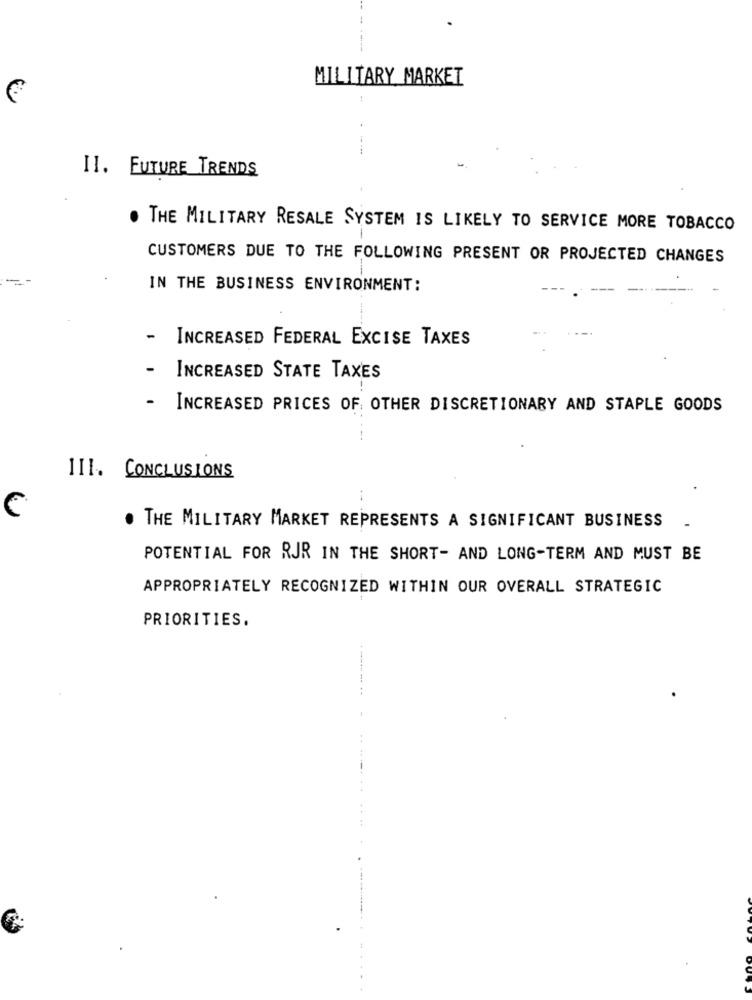
MILITARY MARKET
II. FUTURE TRENDS
THE MILITARY RESALE SYSTEM IS LIKELY TO SERVICE MORE TOBACCO
CUSTOMERS DUE TO THE FOLLOWING PRESENT OR PROJECTED CHANGES
IN THE BUSINESS ENVIRONMENT:
INCREASED FEDERAL EXCISE TAXES
INCREASED STATE TAXES
-
INCREASED PRICES OF OTHER DISCRETIONARY AND STAPLE GOODS
III. CONCLUSIONS
--
C
. THE MILITARY MARKET REPRESENTS A SIGNIFICANT BUSINESS
POTENTIAL FOR RJR IN THE SHORT- AND LONG-TERM AND MUST BE
APPROPRIATELY RECOGNIZED WITHIN OUR OVERALL STRATEGIC
PRIORITIES.